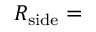
R _ { \mathrm { s i d e } } =